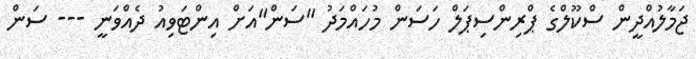
ޖަމާލުއްދީން ސްކޫލްގެ ޕްރިންސިޕަލް ހަސަން މުހައްމަދު "ސަން"އަށް އިންޓަވިއު ދެއްވަނީ --- ސަން